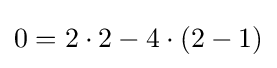
0=2\cdot 2-4\cdot (2-1)